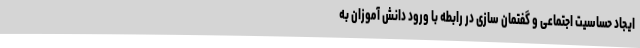
ایجاد حساسیت اجتماعی و گفتمان سازی در رابطه با ورود دانش آموزان به